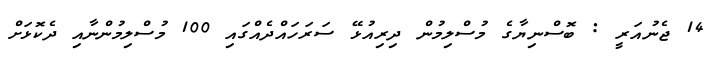
14 ޖެނުއަރީ : ބޮސްނިޔާގެ މުސްލިމުން ދިރިއުޅޭ ސަރަހައްދެއްގައި 100 މުސްލިމުންނާއި ދެކޮޅަށް